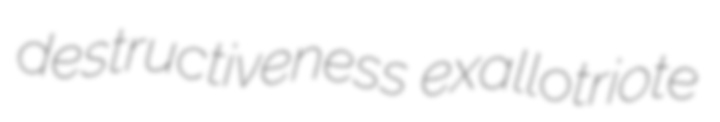
destructiveness exallotriote